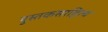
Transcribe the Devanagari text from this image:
पुस्तकसाहित्य